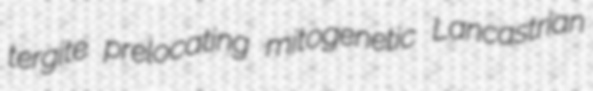
tergite prelocating mitogenetic Lancastrian